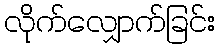
လိုက်လျှောက်ခြင်း